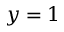
y = 1